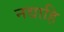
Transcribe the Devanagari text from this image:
नद्याहि